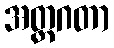
အတ္ထဂတာ